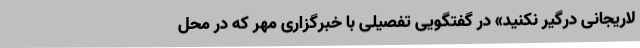
لاریجانی درگیر نکنید» در گفتگویی تفصیلی با خبرگزاری مهر که در محل